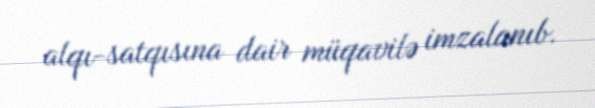
alqı-satqısına dair müqavilə imzalanıb.